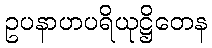
ဥပနာဟပရိယုဋ္ဌိတေန